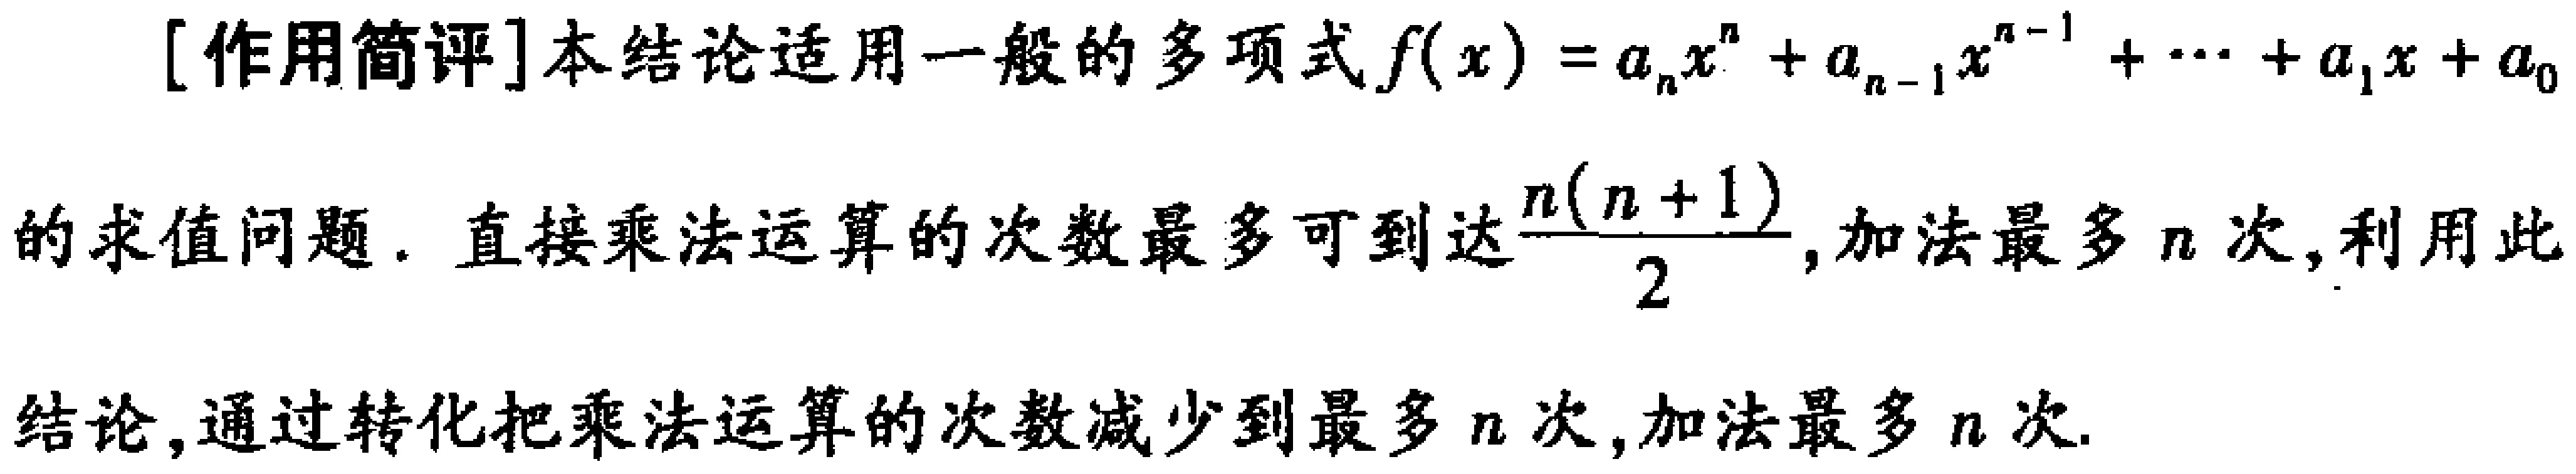
[作用简评]本结论适用一般的多项式\(f(x)=a_{n}x^{n}+a_{n - 1}x^{n - 1}+\cdots + a_{1}x + a_{0}\)的求值问题. 直接乘法运算的次数最多可到达\(\frac{n(n + 1)}{2}\), 加法最多\(n\)次, 利用此结论, 通过转化把乘法运算的次数减少到最多\(n\)次, 加法最多\(n\)次.